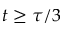
t \ge \tau / 3